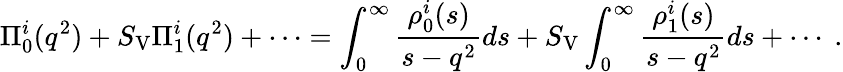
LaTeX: \Pi_{0}^{i}(q^{2})+S_{\mathrm{V}}\Pi_{1}^{i}(q^{2})+\cdots=\int_{0}^{\infty}{\frac{\rho_{0}^{i}(s)}{s-q^{2}}}ds+S_{\mathrm{V}}\int_{0}^{\infty}{\frac{\rho_{1}^{i}(s)}{s-q^{2}}}ds+\cdots\ .